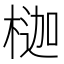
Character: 𪳇